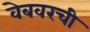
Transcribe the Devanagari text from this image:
वेबवरची